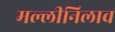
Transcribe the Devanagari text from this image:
मल्लीनिलाव